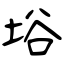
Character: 﨏